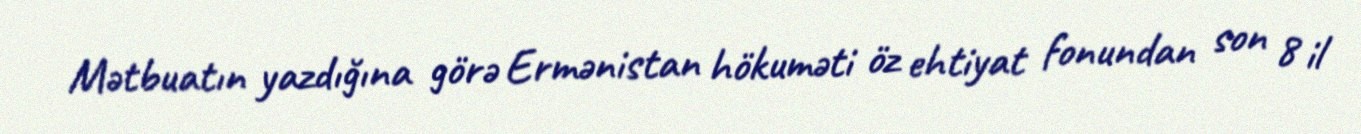
Mətbuatın yazdığına görə Ermənistan hökuməti öz ehtiyat fonundan son 8 il